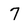
Character: 7